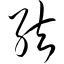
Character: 弦